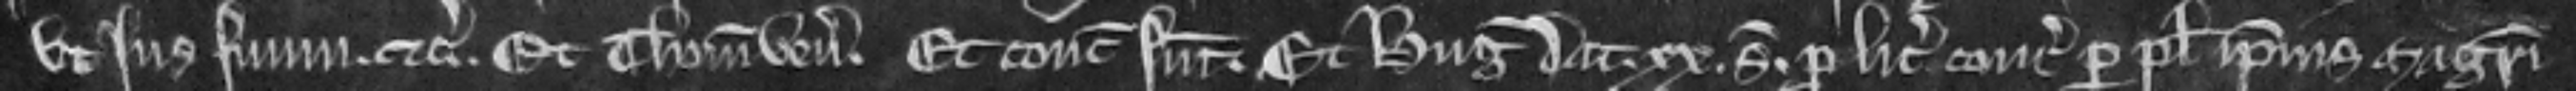
ut jus suum etc. Et Thomas venit. Et concordati sunt et Hugo dat xx. solidos pro licencia concordandi per plegium ipsius Magistri